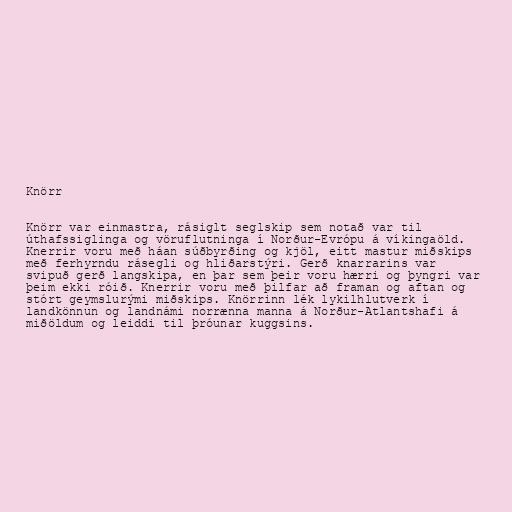
Knörr

Knörr var einmastra, rásiglt seglskip sem notað var til
úthafssiglinga og vöruflutninga í Norður-Evrópu á víkingaöld.
Knerrir voru með háan súðbyrðing og kjöl, eitt mastur miðskips
með ferhyrndu rásegli og hliðarstýri. Gerð knarrarins var
svipuð gerð langskipa, en þar sem þeir voru hærri og þyngri var
þeim ekki róið. Knerrir voru með þilfar að framan og aftan og
stórt geymslurými miðskips. Knörrinn lék lykilhlutverk í
landkönnun og landnámi norrænna manna á Norður-Atlantshafi á
miðöldum og leiddi til þróunar kuggsins.